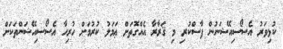
ކުޅިވަރު އެސޯސިއޭޝަނުން ފާސްކުރި މި ޤަރާރާ އެއްގޮތަށް ޢަމަލު ކުރުމަށް ހުރިހާ އެސޯސިއޭޝަންތަކަށް